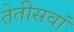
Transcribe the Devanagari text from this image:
तेतीसवां